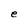
Character: e